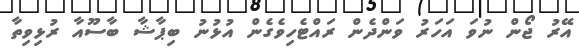
އޭރު ޖޯން ނުވަ އަހަރު ވަންދެން ރައްޓެހިވެގެން އުޅުނު ބިޕާޝާ ބާސޫއާ ރުޅިވިތާ